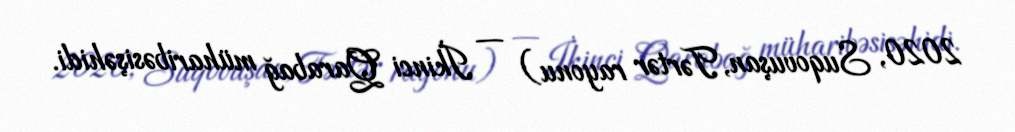
2020, Suqovuşan, Tərtər rayonu) — İkinci Qarabağ müharibəsişəhidi.